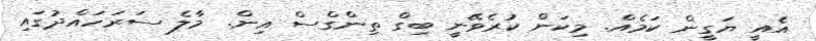
އެއީ ޔަގީން ކަމެއް. މިކަން ކުރެވޭނީ ބިގް ތިންގްސް އިން. މާލެ ސަރަހައްދުގައި